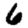
Digit: 6